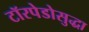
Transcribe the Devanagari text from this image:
टॉरपेडोसुद्धा